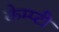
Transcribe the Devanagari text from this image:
केम्प्टी